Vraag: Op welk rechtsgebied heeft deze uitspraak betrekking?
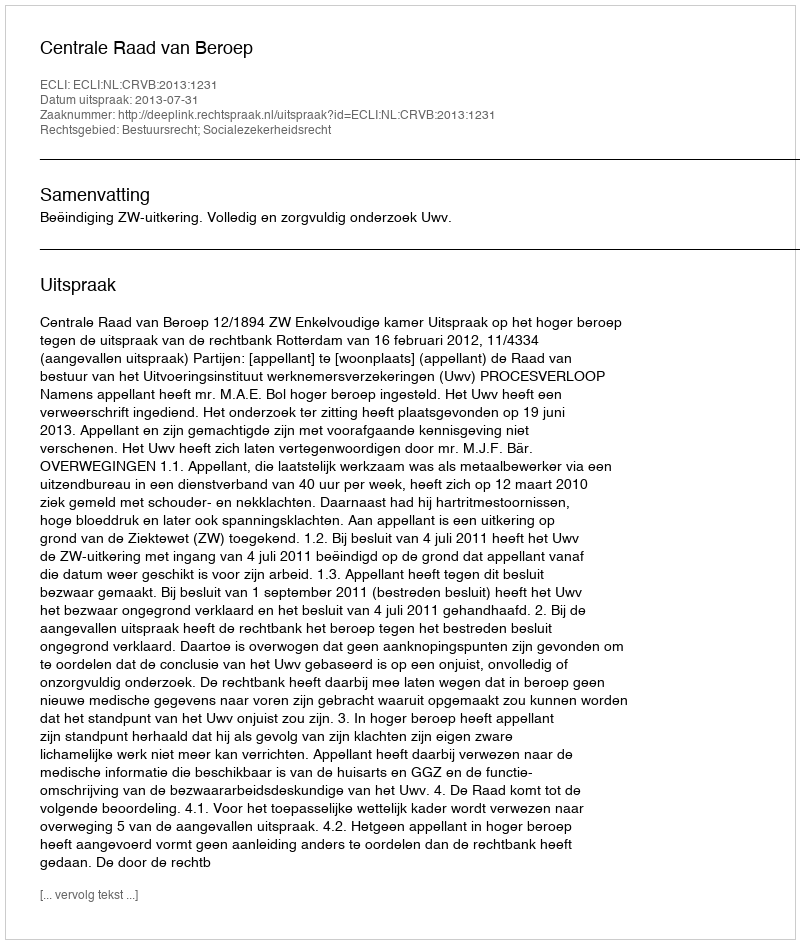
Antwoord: Bestuursrecht; Socialezekerheidsrecht